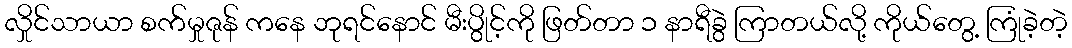
လှိုင်သာယာ စက်မှုဇုန် ကနေ ဘုရင်နောင် မီးပွိုင့်ကို ဖြတ်တာ ၁ နာရီခွဲ ကြာတယ်လို့ ကိုယ်တွေ့ ကြုံခဲ့တဲ့